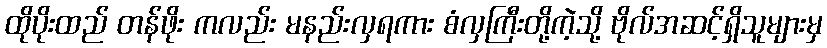
ထိုပိုးထည် တန်ဖိုး ကလည်း မနည်းလှရကား စံလှကြီးတို့ကဲ့သို့ ဗိုလ်အဆင့်ရှိသူများမှ